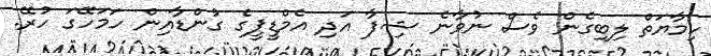
ހިމާޔަތް ލިބިގެން ވެސް ނުވާނެ ޝިފާ އަދި އެމްޑީޕީގެ ގުންޑާއިން ހަމަހޭގަ ހުރޭ.